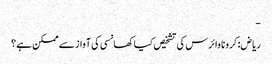
-
ریاض: کرونا وائرس کی تشخیص کیا کھانسی کی آواز سے ممکن ہے؟